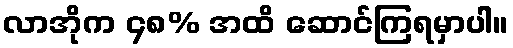
လာအိုက ၄၈% အထိ ဆောင်ကြရမှာပါ။